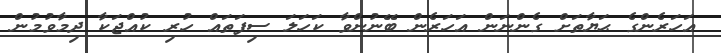
އަހަރެންގެ ޙަޔާތަށް ގެންނަން އަހަރެން ބޭނުންވާ ކަހަލަ ސިފަތައް ހުރި ކުއްޖަކާ ދިމާވުމުން